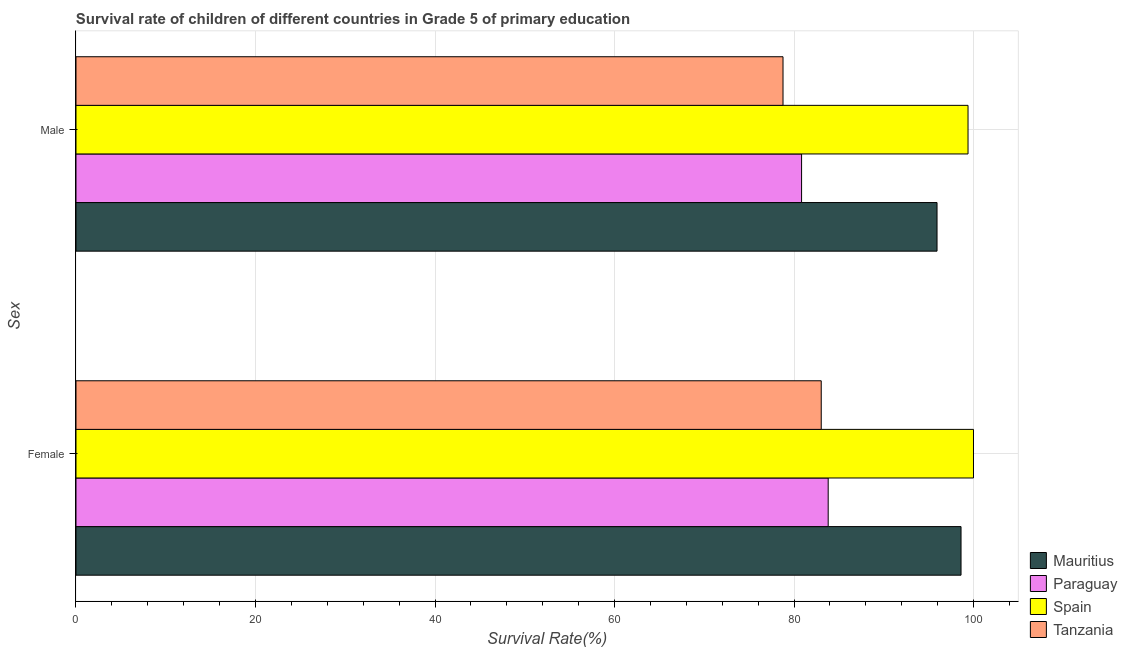
| Sex | Mauritius | Paraguay | Spain | Tanzania |
 | --- | --- | --- | --- | --- |
 | Female | 98.6 | 83.8 | 100 | 83 |
 | Male | 95.9 | 80.8 | 99.4 | 78.8 |